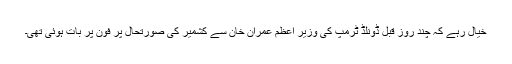
خیال رہے کہ چند روز قبل ڈونلڈ ٹرمپ کی وزیر اعظم عمران خان سے کشمیر کی صورتحال پر فون پر بات ہوئی تھی۔